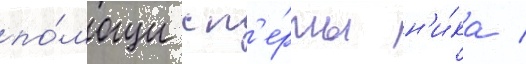
по́мощи сп'е́рмы н'и́ка /